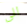
الى